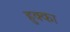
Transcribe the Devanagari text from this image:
हुक्‍का